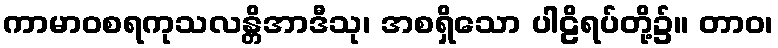
ကာမာဝစရကုသလန္တိအာဒီသု၊ အစရှိသော ပါဠိရပ်တို့၌။ တာဝ၊